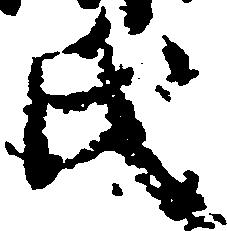
氏